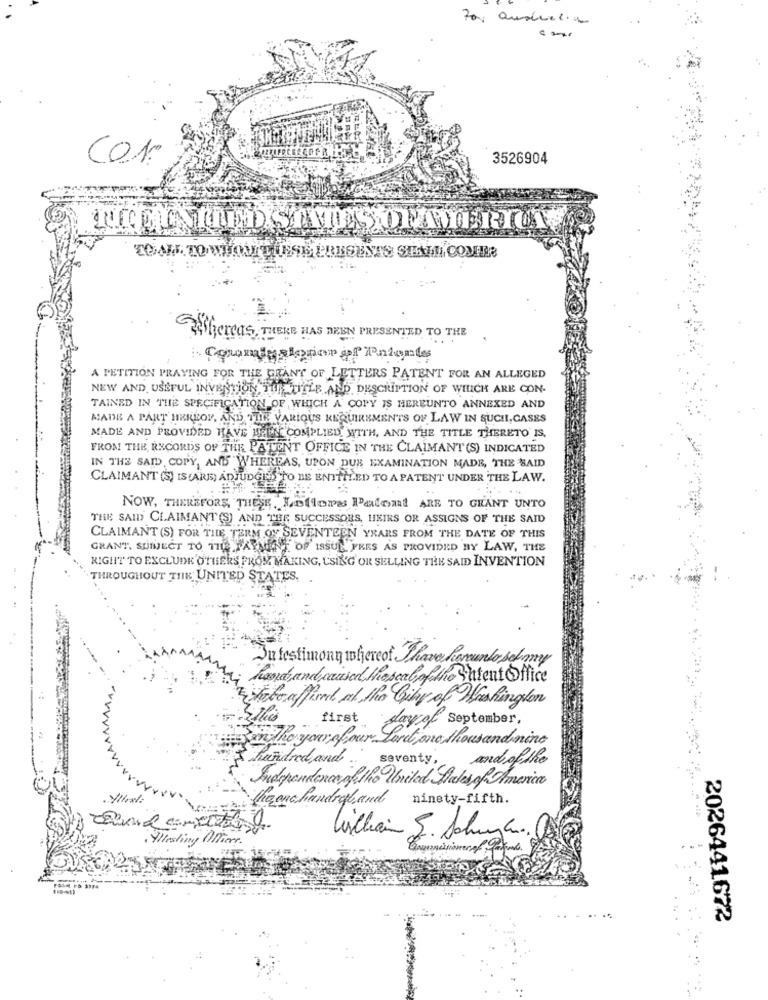
C01.
3526904
THEY TIED STATES OF TIERICA
Whereas, THERE HAS BEEN PRESENTED TO THE
Commission of Poloals
A PETITION PRAYING FOR THE GRANT OF LETTERS PATENT FOR AN ALLEGED
NEW AND USEFUL INVENTION THE TITLE AND DESCRIPTION OF WHICH ARE CON-
TAINED IN THE SPECIFICATION OF WHICH A COPY IS HEREUNTO ANNEXED AND
MADE A PART HEREOF, AND THIN VARIOUS REQUIREMENTS OF LAW IN SUCH, CASES
MADE AND PROVIDED HAVE HALL COMPLIED WITH, AND THE TITLE THERETO IS,
FROM THE RECORDS OF THE PATENT OFFICE IN THE CLAIMANT (S) INDICATED
IN THE SAID, COPY, AND WHEREAS, UPON DUE EXAMINATION MADE, THE SAID
CLAIMANT (S) IS (ARE) ADJUDGES TO BE ENTITLED TO A PATENT UNDER THE LAW.
NOW, THEREFORE, THESE LEllora Palont ARR TO GRANT UNTO
THE SAID CLAIMANT(S) AND THE SUCCESSORS, HEIRS OR ASSIGNS OF THE SAID
CLAIMANT (S) FOR THE TERM OY SEVENTEEN YEARS FROM THE DATE OF THIS
GRANT, SUINJECT TO 11FARME OF ISSUE FRES AS PROVIDED BY LAW, THE
KIGHIT TO EXCLUDE OTHERS PROM MAKING, CSIL'G OR SELLING THE SAID INVENTION
THROUGHOUT THE UNITED STATES.
Ju testimony whereof Thave Ramento sofmy
hardband caused thescalofthe Patent Office
habe affixed at the City of Heshington
first
dayof September,
Sendthe your four Los
Loret one thousand mine
hundred and ...
seventy,
and of the
Independence of the United States of America
theranchandraland ninety-fifth.
, Yllesting Officer.
Gillian J. Schungen.
2026441672